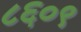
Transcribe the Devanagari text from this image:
८६०९